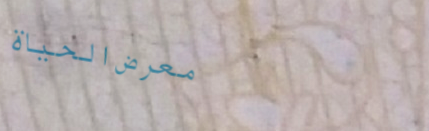
معرض الحياة